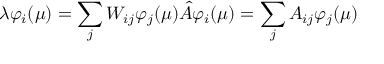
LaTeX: \lambda \varphi _ { i } ( \mu ) = \sum _ { j } W _ { i j } \varphi _ { j } ( \mu ) \hat { A } \varphi _ { i } ( \mu ) = \sum _ { j } A _ { i j } \varphi _ { j } ( \mu )